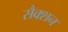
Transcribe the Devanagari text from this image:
सैक्‍शन